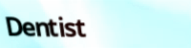
Dentist